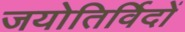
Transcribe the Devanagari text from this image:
जयोतिर्विदों